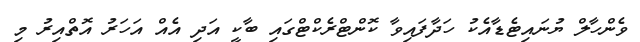
ވެންހާލް ޔުނައިޓެޑާއެކު ހަދާފައިވާ ކޮންޓްރެކްޓްގައި ބާކީ އަދި އެއް އަހަރު އޮތްއިރު މި